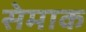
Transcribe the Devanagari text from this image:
सेमाक